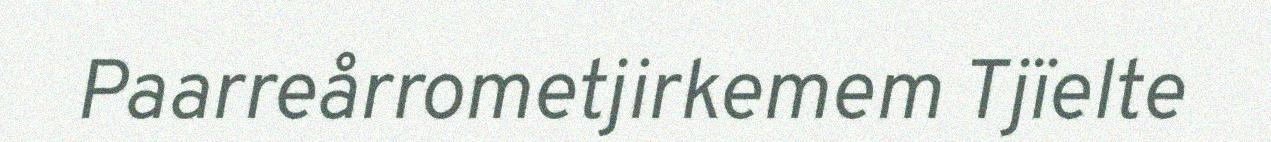
Paarreårrometjirkemem Tjïelte